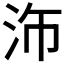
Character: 𪵴